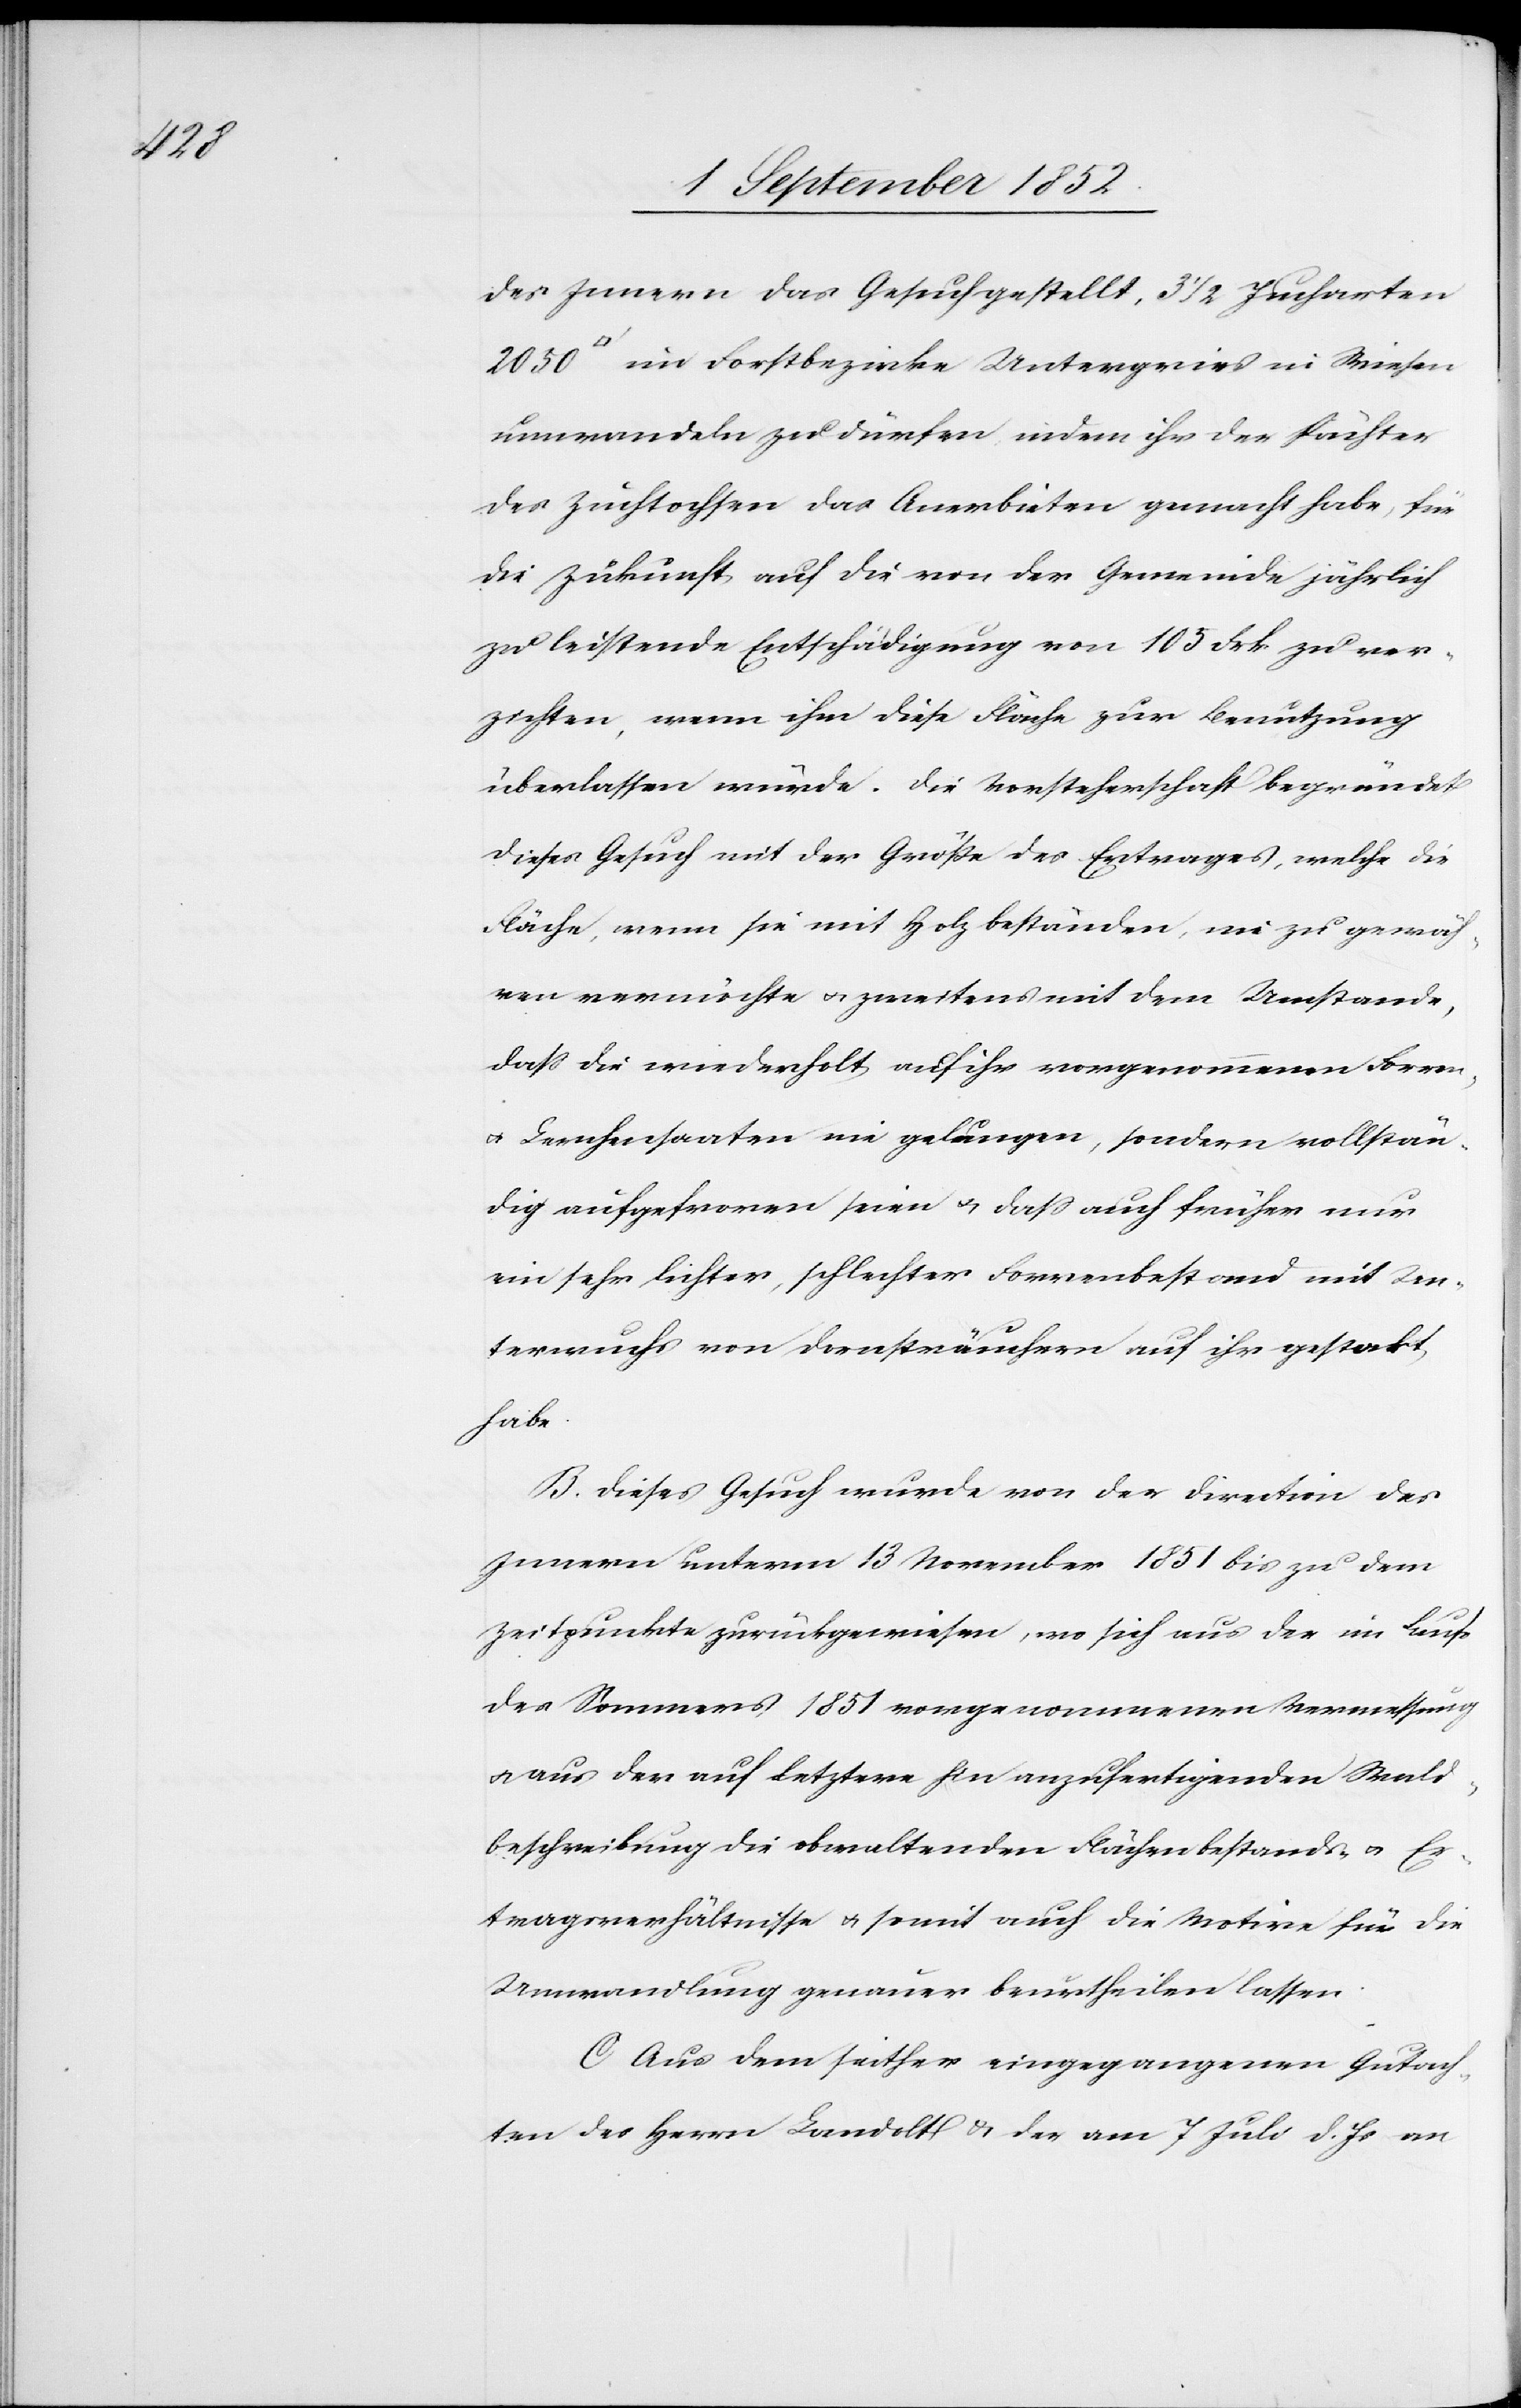
[Quadra¬

des Innern das Gesuch gestellt, 3 1/2 Jucharten
tfuß] im Forstbezirke Untergries in Wiesen
umwandeln zu dürfen, indem ihr der Pächter
des Zuchtochsen das Anerbieten gemacht habe, für
die Zukunft auf die von der Gemeinde jährlich
zu leistende Entschädigung von 105 Frk. zu ver¬
zichten, wenn ihm diese Fläche zur Benutzung
überlassen würde. Die Vorsteherschaft begründet
dieses Gesuch mit der Größe des Ertrages, welche die
Fläche, wenn sie mit Holz bestanden, nie zu gewäh¬
ren vermöchte & zweitens mit dem Umstande,
dass die wiederholt auf ihr vorgenommenen Forren-
& Lerchensaaten nie gelungen, sondern vollstän¬
dig aufgefroren seien & dass auch früher nur
ein sehr lichter, schlechter Forrenbestand mit Un¬
terwuchs von Dornsträuchern auf ihr gestockt
habe.
B. Dieses Gesuch wurde von der Direction des
Innern unterm 13 November 1851 bis zu dem
Zeitpunkte zurückgewiesen, wo sich aus der im Laufe
des Sommers 1851 vorgenommenen Vermessung
& aus der auf letztere hin anzufertigenden Wald¬
beschreibung die obwaltenden Flächenbestands- & Er¬
tragsverhältnisse & somit auch die Motive für die
Umwandlung genauer beurtheilen lassen.
C Aus dem seither eingegangenen Gutach¬
ten des Herrn Landolt & der am 7 Juli d. Js an